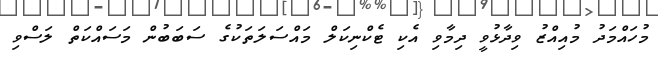
މުހައްމަދު މުއިއްޒު ވިދާޅުވީ ދިމާވި އެކި ޓެކްނިކަލް މައްސަލަތަކުގެ ސަބަބުން މަސައްކަތް ލަސްވި